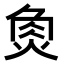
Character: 𤉯